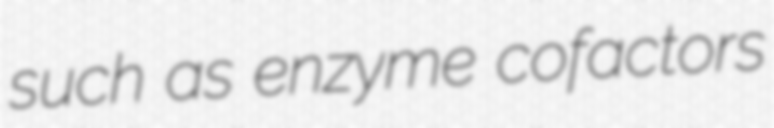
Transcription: such as enzyme cofactors